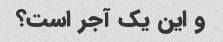
و این یک آجر است؟